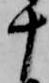
十